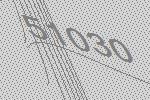
51030